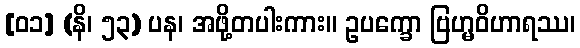
[၀၁] (နိ၊ ၅၃) ပန၊ အဖို့တပါးကား။ ဥပက္ခော ဗြဟ္မဝိဟာရဿ၊